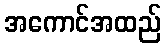
အကောင်အထည်